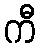
ကီ